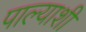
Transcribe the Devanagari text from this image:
पाल्याशी